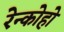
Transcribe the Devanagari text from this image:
रेन्कोहो